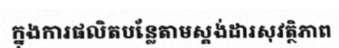
ក្នុងការផលិតបន្លែតាមស្តង់ដារសុវត្ថិភាព